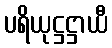
ပရိယုဋ္ဌဋ္ဌာယီ